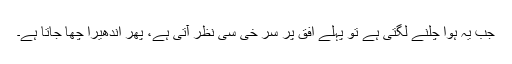
جب یہ ہوا چلنے لگتی ہے تو پہلے افق پر سر خی سی نظر آتی ہے، پھر اندھیرا چھا جاتا ہے۔